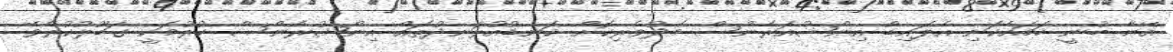
އޭނާ ބުނީ ހަމައެކަނި އެލައިޑް އިންޝުއަރެންސް މެދުވެރިކޮށް ކަނޑުއުޅަނދުތައް އިންޝުރެންސް ކުރުމަކީ ގަބޫލުކުރެވޭ